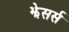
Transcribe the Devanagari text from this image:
झेसर्स